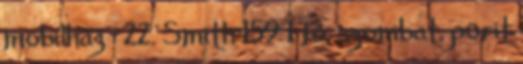
mobilház : 22. Smith 159 1 fő, szombat, pörit